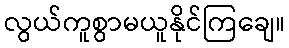
လွယ်ကူစွာမယူနိုင်ကြချေ။